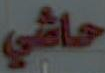
حاشي